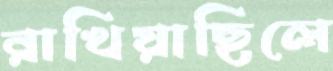
রাখিয়াছিলে